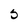
Character: 5